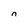
Character: n